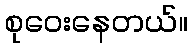
စုဝေးနေတယ်။